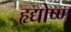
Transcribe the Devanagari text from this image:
हृद्योष्ण